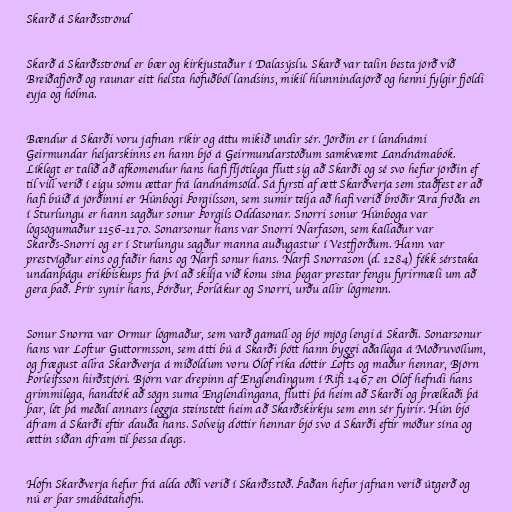
Skarð á Skarðsströnd

Skarð á Skarðsströnd er bær og kirkjustaður í Dalasýslu. Skarð var talin besta jörð við
Breiðafjörð og raunar eitt helsta höfuðból landsins, mikil hlunnindajörð og henni fylgir fjöldi
eyja og hólma.

Bændur á Skarði voru jafnan ríkir og áttu mikið undir sér. Jörðin er í landnámi
Geirmundar heljarskinns en hann bjó á Geirmundarstöðum samkvæmt Landnámabók.
Líklegt er talið að afkomendur hans hafi fljótlega flutt sig að Skarði og sé svo hefur jörðin ef
til vill verið í eigu sömu ættar frá landnámsöld. Sá fyrsti af ætt Skarðverja sem staðfest er að
hafi búið á jörðinni er Húnbogi Þorgilsson, sem sumir telja að hafi verið bróðir Ara fróða en
í Sturlungu er hann sagður sonur Þorgils Oddasonar. Snorri sonur Húnboga var
lögsögumaður 1156-1170. Sonarsonur hans var Snorri Narfason, sem kallaður var
Skarðs-Snorri og er í Sturlungu sagður manna auðugastur í Vestfjörðum. Hann var
prestvígður eins og faðir hans og Narfi sonur hans. Narfi Snorrason (d. 1284) fékk sérstaka
undanþágu erikbiskups frá því að skilja við konu sína þegar prestar fengu fyrirmæli um að
gera það. Þrír synir hans, Þórður, Þorlákur og Snorri, urðu allir lögmenn.

Sonur Snorra var Ormur lögmaður, sem varð gamall og bjó mjög lengi á Skarði. Sonarsonur
hans var Loftur Guttormsson, sem átti bú á Skarði þótt hann byggi aðallega á Möðruvöllum,
og frægust allra Skarðverja á miðöldum voru Ólöf ríka dóttir Lofts og maður hennar, Björn
Þorleifsson hirðstjóri. Björn var drepinn af Englendingum í Rifi 1467 en Ólöf hefndi hans
grimmilega, handtók að sögn suma Englendingana, flutti þá heim að Skarði og þrælkaði þá
þar, lét þá meðal annars leggja steinstétt heim að Skarðskirkju sem enn sér fyirir. Hún bjó
áfram á Skarði eftir dauða hans. Solveig dóttir hennar bjó svo á Skarði eftir móður sína og
ættin síðan áfram til þessa dags.

Höfn Skarðverja hefur frá alda öðli verið í Skarðsstöð. Þaðan hefur jafnan verið útgerð og
nú er þar smábátahöfn.